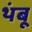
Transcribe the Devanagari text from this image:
थंबू